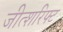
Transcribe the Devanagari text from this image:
जीत्शरिफ्ट